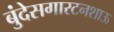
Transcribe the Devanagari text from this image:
बुंदेसगारटनशाऊ